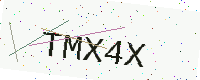
Text: TMX4X